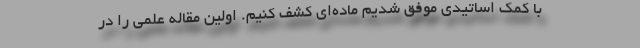
با کمک اساتیدی موفق شدیم ماده‌ای کشف کنیم. اولین مقاله علمی را در